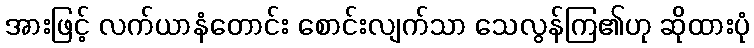
အားဖြင့် လက်ယာနံတောင်း စောင်းလျက်သာ သေလွန်ကြ၏ဟု ဆိုထားပုံ